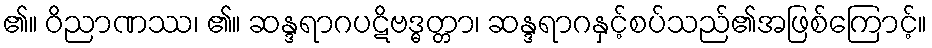
၏။ ဝိညာဏဿ၊ ၏။ ဆန္ဒရာဂပဋိဗဒ္ဓတ္တာ၊ ဆန္ဒရာဂနှင့်စပ်သည်၏အဖြစ်ကြောင့်။